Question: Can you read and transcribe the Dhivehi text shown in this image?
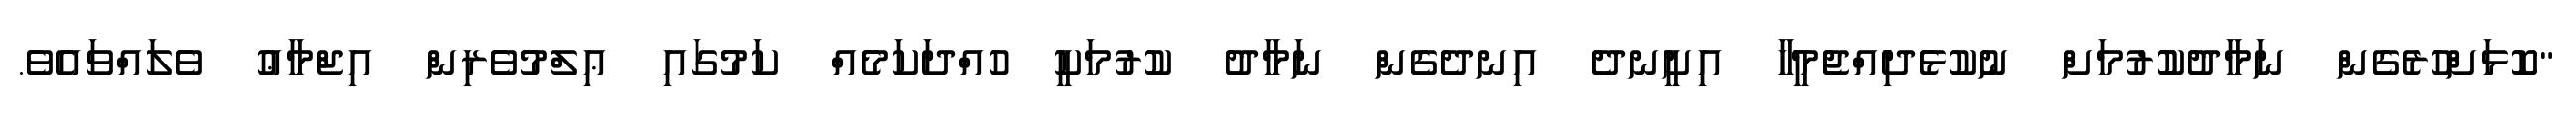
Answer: "ކޮޅަށްހުރެގެން ނަމާދުކުުރުމަށް ނުކުޅެދިއްޖެމީހާ އިށީނދެ އިނދެގެން ނަމާދު ކުރުމަކީ ހުއްދަކަމެއް ކަމުގައި ޢިލްމުވެރިން އިޖްމާޢު ވެލައްވައެވެ.